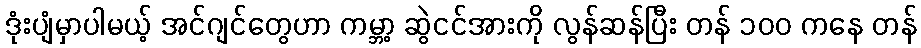
ဒုံးပျံမှာပါမယ့် အင်ဂျင်တွေဟာ ကမ္ဘာ့ ဆွဲငင်အားကို လွန်ဆန်ပြီး တန် ၁၀၀ ကနေ တန်